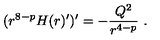
( r ^ { 8 - p } H ( r ) ^ { \prime } ) ^ { \prime } = - \frac { Q ^ { 2 } } { r ^ { 4 - p } } \ .